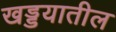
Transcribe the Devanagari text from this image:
खड्डयातील